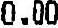
0.00